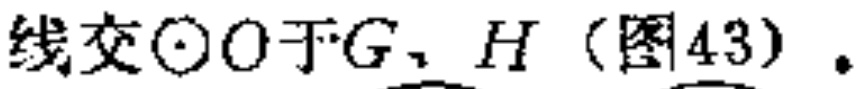
线交\(\odot O\)于\(G\)、\(H\)（图43）.